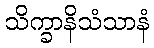
သိက္ခာနိသံသာနံ